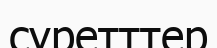
суретттер